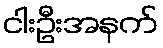
ငါးဦးအနက်